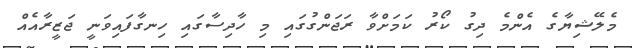
މެލޭޝިޔާގެ އެންމެ ދިގު ކޯރު ކަމަށްވާ ރަޖަންގުގައި މި ހާދިސާގައި ހިނގާފައިވަނީ ޖަޒީރާއެއް